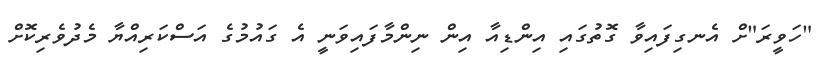
"ހަވީރަ"ށް އެނގިފައިވާ ގޮތުގައި އިންޑިއާ އިން ނިންމާފައިވަނީ އެ ގައުމުގެ އަސްކަރިއްޔާ މެދުވެރިކޮށް